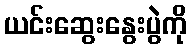
ယင်းဆွေးနွေးပွဲကို